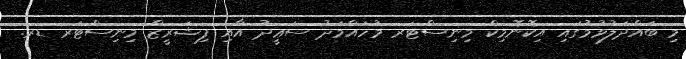
މި ބައްދަލުވުމުގައި އިކޮނޮމިކް މިނިސްޓަރ މުހައްމަދު ސަޢީދު އާއި ފިޝަރީޒް މިނިސްޓަރ ޑރ.